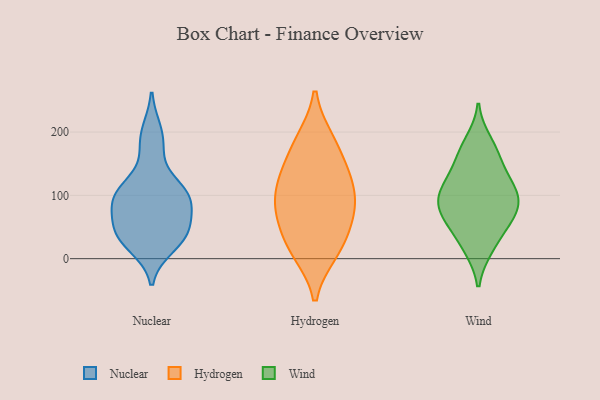
{"axis": {"x": "Backlog", "y": "Value"}, "legend": ["Hydrogen", "Nuclear", "Wind"], "data": [{"x": "", "y": 88, "type": "Nuclear"}, {"x": "", "y": 176, "type": "Nuclear"}, {"x": "", "y": 103, "type": "Nuclear"}, {"x": "", "y": 41, "type": "Nuclear"}, {"x": "", "y": 200, "type": "Nuclear"}, {"x": "", "y": 38, "type": "Nuclear"}, {"x": "", "y": 36, "type": "Nuclear"}, {"x": "", "y": 106, "type": "Nuclear"}, {"x": "", "y": 101, "type": "Nuclear"}, {"x": "", "y": 107, "type": "Nuclear"}, {"x": "", "y": 45, "type": "Nuclear"}, {"x": "", "y": 75, "type": "Nuclear"}, {"x": "", "y": 21, "type": "Nuclear"}, {"x": "", "y": 72, "type": "Hydrogen"}, {"x": "", "y": 145, "type": "Hydrogen"}, {"x": "", "y": 188, "type": "Hydrogen"}, {"x": "", "y": 119, "type": "Hydrogen"}, {"x": "", "y": 85, "type": "Hydrogen"}, {"x": "", "y": 10, "type": "Hydrogen"}, {"x": "", "y": 56, "type": "Hydrogen"}, {"x": "", "y": 110, "type": "Hydrogen"}, {"x": "", "y": 186, "type": "Hydrogen"}, {"x": "", "y": 10, "type": "Hydrogen"}, {"x": "", "y": 136, "type": "Hydrogen"}, {"x": "", "y": 81, "type": "Hydrogen"}, {"x": "", "y": 29, "type": "Hydrogen"}, {"x": "", "y": 101, "type": "Wind"}, {"x": "", "y": 17, "type": "Wind"}, {"x": "", "y": 59, "type": "Wind"}, {"x": "", "y": 16, "type": "Wind"}, {"x": "", "y": 129, "type": "Wind"}, {"x": "", "y": 111, "type": "Wind"}, {"x": "", "y": 163, "type": "Wind"}, {"x": "", "y": 59, "type": "Wind"}, {"x": "", "y": 185, "type": "Wind"}, {"x": "", "y": 171, "type": "Wind"}, {"x": "", "y": 72, "type": "Wind"}, {"x": "", "y": 95, "type": "Wind"}, {"x": "", "y": 88, "type": "Wind"}, {"x": "", "y": 139, "type": "Wind"}, {"x": "", "y": 52, "type": "Wind"}, {"x": "", "y": 85, "type": "Wind"}, {"x": "", "y": 109, "type": "Wind"}]}